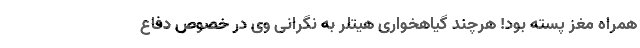
همراه مغز پسته بود! هرچند گیاهخواری هیتلر به نگرانی وی در خصوص دفاع